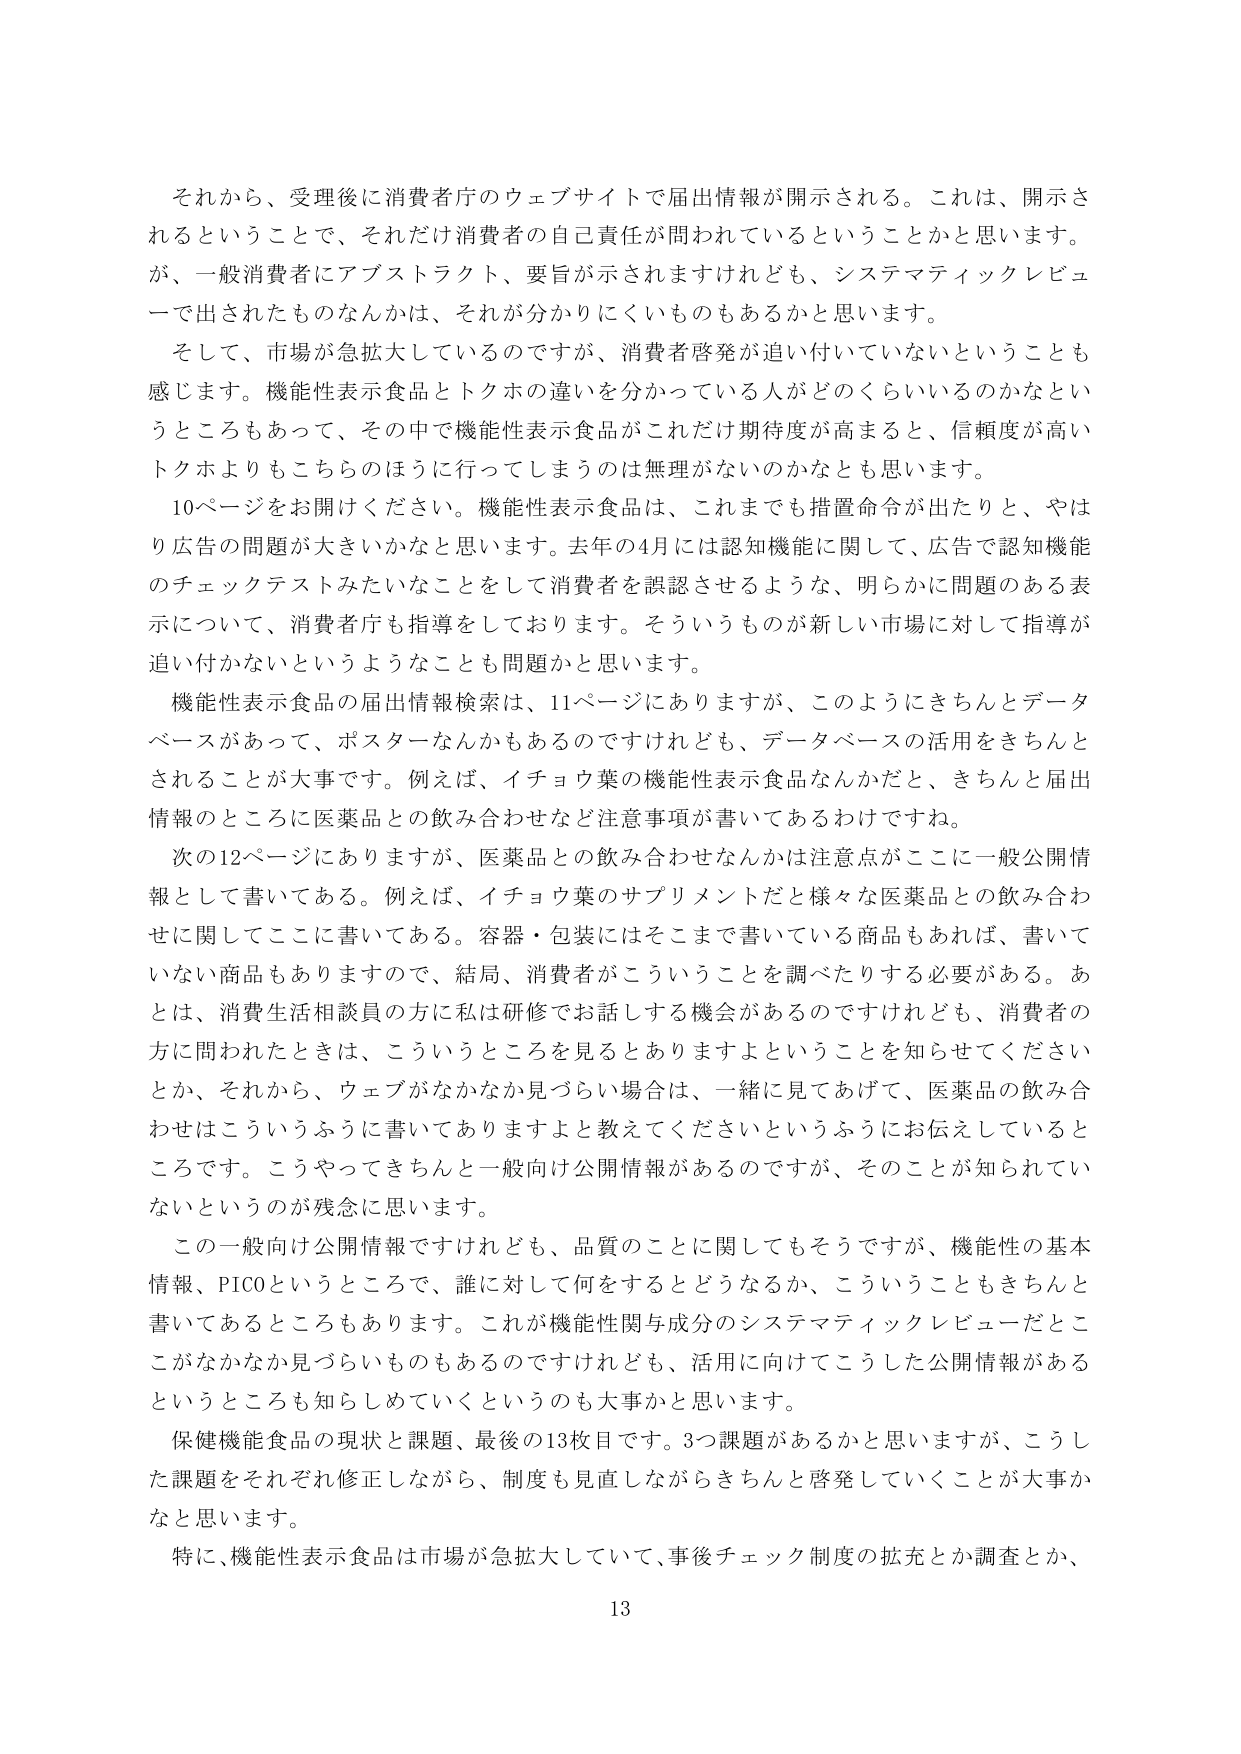
それから、受理後に消費者庁のウェブサイトで届出情報が開示される。これは、開示されるということで、それだけ消費者の自己責任が問われているということかと思います。が、一般消費者にアブストラクト、要旨が示されますけれども、システマティックレビューで出されたものなんかは、それが分かりにくいものもあるかと思います。

そして、市場が急拡大しているのですが、消費者啓発が追い付いていないということも感じます。機能性表示食品とトクホの違いを分かっている人がどのくらいいるのかなというところもあって、その中で機能性表示食品がこれだけ期待度が高まると、信頼度が高いトクホよりもこちらのほうに行ってしまうのは無理がないのかなとも思います。

10ページをお開けください。機能性表示食品は、これまでも措置命令が出たりと、やはり広告の問題が大きいかなと思います。去年の4月には認知機能に関して、広告で認知機能のチェックテストみたいなことをして消費者を誤認させるような、明らかに問題のある表示について、消費者庁も指導をしております。そういうものが新しい市場に対して指導が追い付かないというようなことも問題かと思います。

機能性表示食品の届出情報検索は、11ページにありますが、このようにきちんとデータベースがあって、ポスターなんかもあるのですけれども、データベースの活用をきちんとされることが大事です。例えば、イチョウ葉の機能性表示食品なんかだと、きちんと届出情報のところに医薬品との飲み合わせなど注意事項が書いてあるわけですね。

次の12ページにありますが、医薬品との飲み合わせなんかは注意点がここに一般公開情報として書いてある。例えば、イチョウ葉のサプリメントだと様々な医薬品との飲み合わせに関してここに書いてある。容器・包装にはそこまで書いている商品もあれば、書いていない商品もありますので、結局、消費者がこういうことを調べたりする必要がある。あとは、消費生活相談員の方に私は研修でお話しする機会があるのですけれども、消費者の方に問われたときは、こういうところを見るとありますよということを知らせてくださいとか、それから、ウェブがなかなか見づらい場合は、一緒に見てあげて、医薬品の飲み合わせはこういうふうに書いてありますよと教えてくださいというふうにお伝えしているところです。こうやってきちんと一般向け公開情報があるのですが、そのことが知られていないというのが残念に思います。

この一般向け公開情報ですけれども、品質のことに関してもそうですが、機能性の基本情報、PICOというところで、誰に対して何をするとどうなるか、こういうこともきちんと書いてあるところもあります。これが機能性関与成分のシステマティックレビューだところがなかなか見づらいものもあるのですけれども、活用に向けてこうした公開情報があるというところも知らしめていくというのも大事かと思います。

保健機能食品の現状と課題、最後の13枚目です。3つ課題があるかと思いますが、こうした課題をそれぞれ修正しながら、制度も見直しながらきちんと啓発していくことが大事かなと思います。

特に、機能性表示食品は市場が急拡大していて、事後チェック制度の拡充とか調査とか、

13